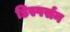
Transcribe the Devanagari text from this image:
डिस्पर्सन